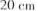
20cm